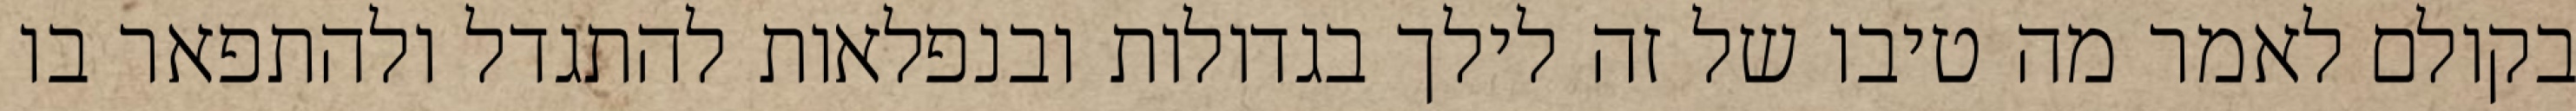
בקולם לאמר מה טיבו של זה לילך בגדולות ובנפלאות להתגדל ולהתפאר בו